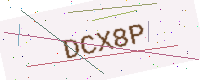
Text: DCX8P